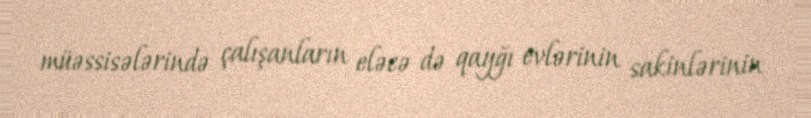
müəssisələrində çalışanların eləcə də qayğı evlərinin sakinlərinin